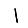
Digit: 1